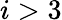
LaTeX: i>3